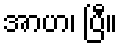
အာဟ၊ ပြီ။